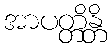
အာပတ္တိန္တိ